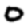
Digit: 0